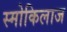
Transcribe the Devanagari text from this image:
स्मोकिलाज